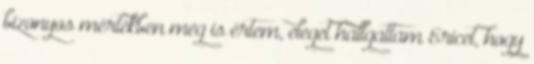
bizonyos mértékben meg is értem, eleget hallgattam Ericet, hogy